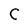
Character: C